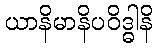
ယာနိမာနိပဝိဒ္ဓါနိ